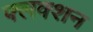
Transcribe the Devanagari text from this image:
फ्लक्शन